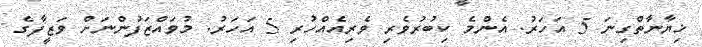
ޚިޔާނާތްގިނަ 5 އަހަރު. އެންމެ ކިބުރުވެރި ވެރިއެއްހުރި 5 އަހަރު. މުވައްޒަފުންނަށް ވަޒީފާގެ